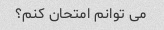
می توانم امتحان کنم؟